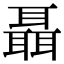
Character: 聶